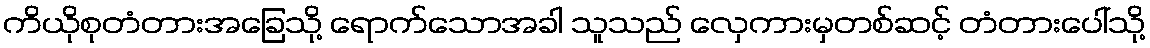
ကိယိုစုတံတားအခြေသို့ ရောက်သောအခါ သူသည် လှေကားမှတစ်ဆင့် တံတားပေါ်သို့